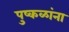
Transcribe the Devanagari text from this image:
पुष्‍कळांना